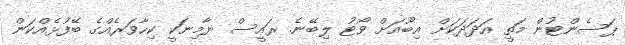
ޕަސެންޓުން މަތީ އަދަދަކަށް އިބޫއަށް ވޯޓު ލިބޭނެ. ރައީސް ޔާމިނަކީ ކިހާވަރެއްގެ ބޭފުޅެއްކަން